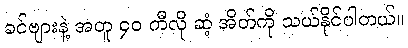
ခင်ဗျားနဲ့ အတူ ၄၀ ကီလို ဆံ့ အိတ်ကို သယ်နိုင်ပါတယ်။